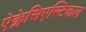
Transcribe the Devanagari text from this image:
ऐक्लेसिएस्टिकल